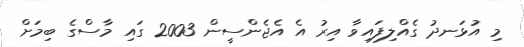
މި އުޅަނދު ގެއްލިފައިވާ އިރު އެ އެޖެންސީން 2003 ގައި މާސްގެ ބިމަށް